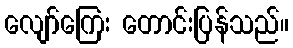
လျော်ကြေး တောင်းပြန်သည်။